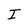
Character: I